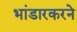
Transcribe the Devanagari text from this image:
भांडारकरने